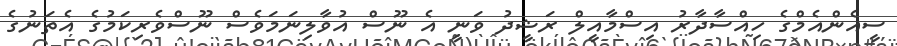
ސީއެންއެމްގެ ހިއްސާދާރު އިސްމާއީލް ރަޝީދު ވަނީ އެ ނޫސް އުވާލިނަމަވެސް ނޫސްވެރިކަމުގެ އެތަނުގެ